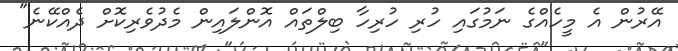
އޭރުން އެ މީހެއްގެ ނަމުގައި ހުރި ހުރިހާ ބިލްތައް އޮންލައިން މެދުވެރިކޮށް ދެއްކޭނެ"